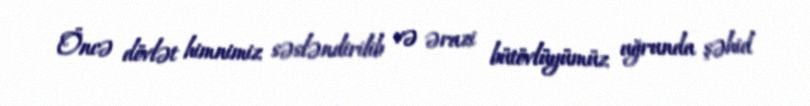
Öncə dövlət himnimiz səsləndirilib və ərazi bütövlüyümüz uğrunda şəhid